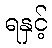
ရနှင့်